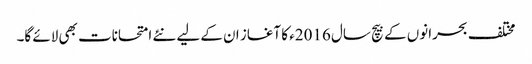
مختلف بحرانوں کے بیچ سال 2016ء کا آغاز ان کے لیے نئے امتحانات بھی لائے گا۔